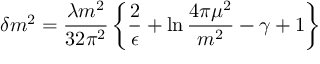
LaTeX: \delta m ^ { 2 } = \frac { \lambda m ^ { 2 } } { 3 2 \pi ^ { 2 } } \left\{ \frac { 2 } { \epsilon } + \ln { \frac { 4 \pi \mu ^ { 2 } } { m ^ { 2 } } } - \gamma + 1 \right\}